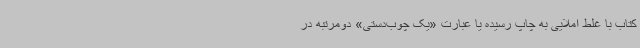
کتاب با غلط املایی به چاپ رسیده یا عبارت «یک چوب‌دستی» دومرتبه در